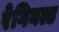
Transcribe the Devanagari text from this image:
रेगिनल्ड